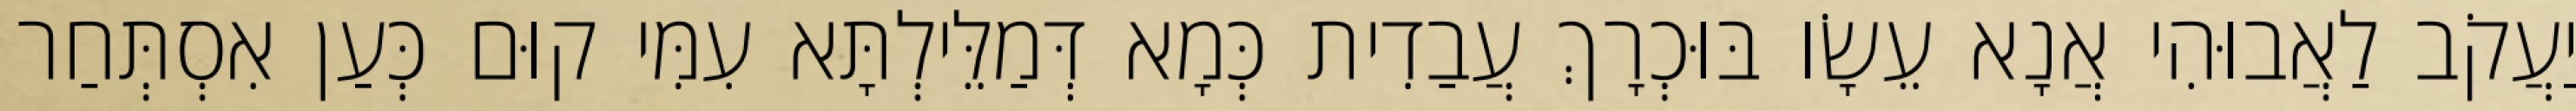
יַעֲקֹב לַאֲבוּהִי אֲנָא עֵשָׂו בּוּכְרָךְ עֲבַדִית כְּמָא דְּמַלֵּילְתָּא עִמִּי קוּם כְּעַן אִסְתְּחַר